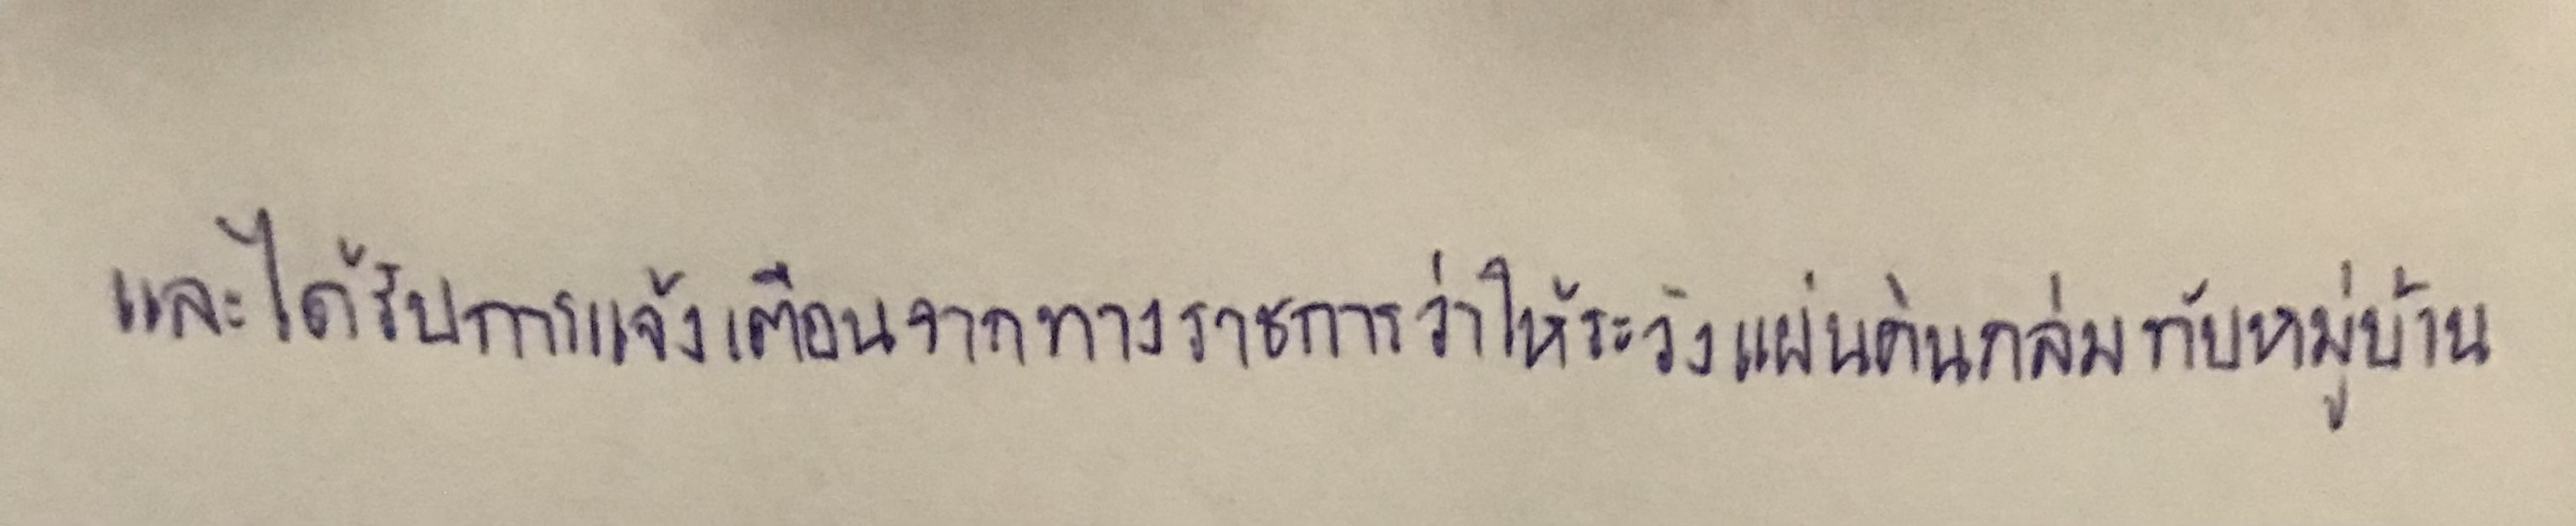
และได้รับการแจ้งเตือนจากทางราชการว่าให้ระวังแผ่นดินถล่มทับหมู่บ้าน